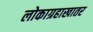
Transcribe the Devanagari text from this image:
लोकाग्रहाखातर